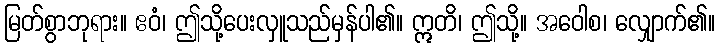
မြတ်စွာဘုရား။ ဧဝံ၊ ဤသို့ပေးလှူသည်မှန်ပါ၏။ ဣတိ၊ ဤသို့။ အဝေါစ၊ လျှောက်၏။